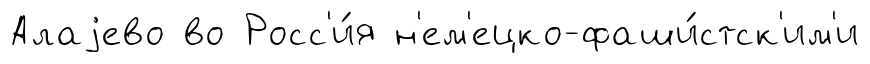
Алаjево во Росс'и́я н'ем'ецко-фаши́стск'им'и